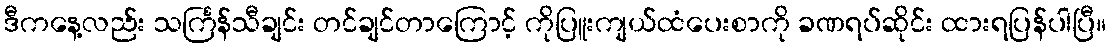
ဒီကနေ့လည်း သင်္ကြန်သီချင်း တင်ချင်တာကြောင့် ကိုပြူးကျယ်ထံပေးစာကို ခဏရပ်ဆိုင်း ထားရပြန်ပါပြီ။